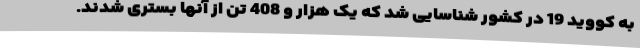
به کووید 19 در کشور شناسایی شد که یک هزار و 408 تن از آنها بستری شدند.